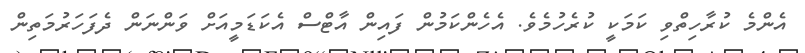
އެންމެ ކުރާހިތްވި ކަމަކީ ކުރެހުމެވެ. އެހެންކަމުން ފައިން އާޓްސް އެކަޑަމީއަށް ވަންނަން ދެފަހަރުމަތިން